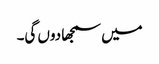
میں سمجھا دوں گی۔